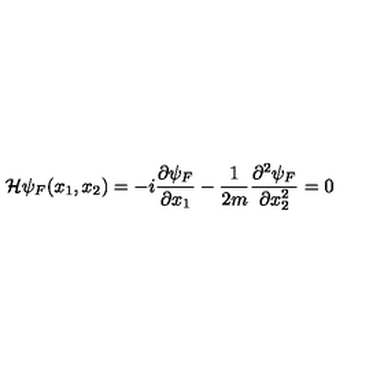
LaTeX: { \cal H } \psi _ { F } ( x _ { 1 } , x _ { 2 } ) = - i \frac { \partial \psi _ { F } } { \partial x _ { 1 } } - \frac { 1 } { 2 m } \frac { \partial ^ { 2 } \psi _ { F } } { \partial x _ { 2 } ^ { 2 } } = 0